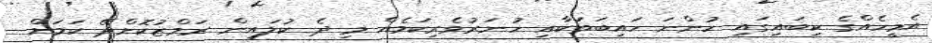
އެމީހެއްގެ ކިބައިގައި ހުންނަ ހައިބަތަކާއި ހުނަރުވެރިކަމެއް މި ދެ ކުލައިން ރަމްޒުކޮށްދޭ ކަމަށް